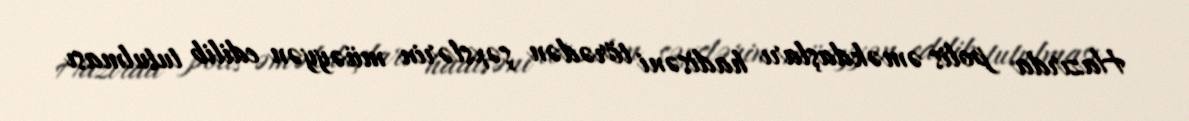
Hazırda polis əməkdaşları hadisəni törədən şəxslərin müəyyən edilib tutulması